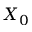
X _ { 0 }